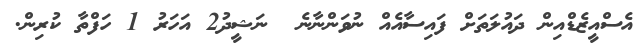
އެސްއީޒެޑްއިން ދައުލަތަށް ފައިސާއެއް ނުވަންނާނެ  ނަޝީދު2 އަހަރު 1 ހަފްތާ ކުރިން.